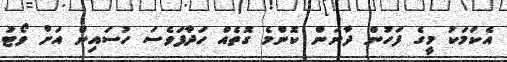
އެކަމަކު މީގެ ފަހުން ދާނަން ކޮންމެ ގޮތެއް ހަދާފަވެސަ ހުސައިން އަށް ވޯޓު